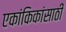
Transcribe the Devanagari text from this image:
एकांकिकांसाठी